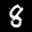
Label: 8